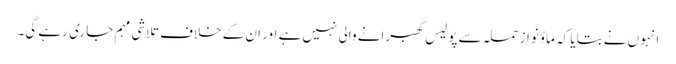
انہوں نے بتایا کہ ماؤنواز حملہ سے پولیس گھبرانے والی نہیں ہے اور ان کے خلاف تلاشی مہم جاری رہے گی۔